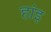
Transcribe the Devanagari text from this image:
हांइ